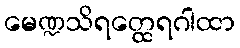
မေဏ္ဍသိရတ္ထေရဂါထာ